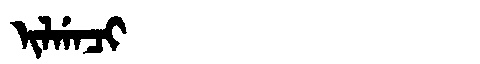
Manchu: ᡳᠯᡤᠠᠴᡳ
Romanization: ILGACI